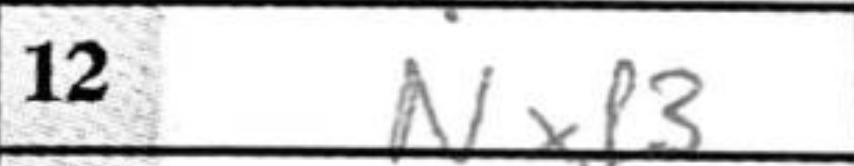
Transcription: Nxf3